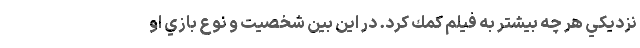
نزديكي هر چه بيشتر به فيلم كمك كرد. در اين بين شخصيت و نوع بازي او